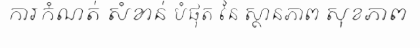
ការកំណត់ សំខាន់ បំផុត នៃ ស្ថានភាព សុខភាព